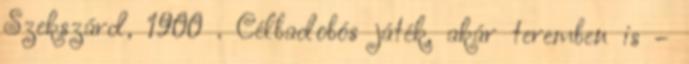
Szekszárd, 1900 . Célbadobós játék, akár teremben is –